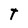
Character: T